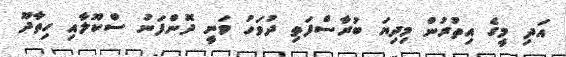
އަދި މީގެ އިތުރުން މިދިޔަ ބުރާސްފަތި ދުވަހު ވަނީ ދޮންފަނު ސްކޫލާއި ހިތާދޫ